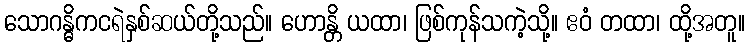
သောဂန္ဓိကငရဲနှစ်ဆယ်တို့သည်။ ဟောန္တိ ယထာ၊ ဖြစ်ကုန်သကဲ့သို့။ ဧဝံ တထာ၊ ထို့အတူ။